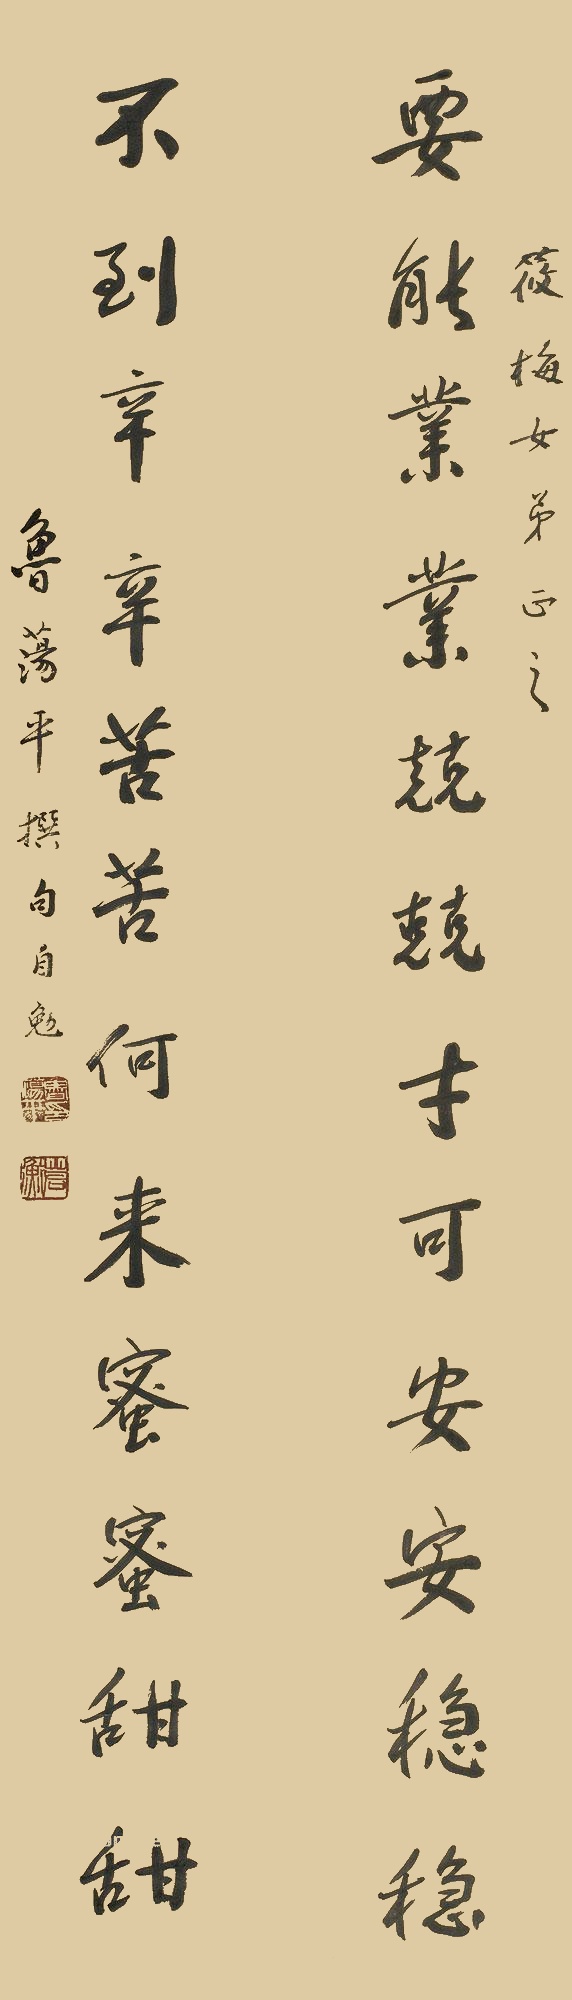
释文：要能业业兢兢才可安安稳稳，不到辛辛苦苦何来蜜蜜甜甜。筱梅女弟正之，鲁荡平撰句自勉。